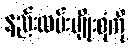
နည်းလမ်းမျိုးစုံကို